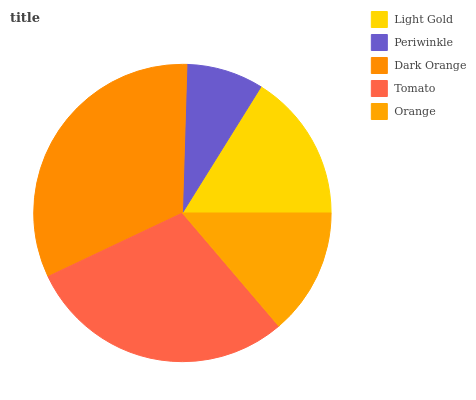
| Light Gold | Periwinkle | Dark Orange | Tomato | Orange |
 | --- | --- | --- | --- | --- |
 | 16.1% | 8.39% | 32.5% | 29.3% | 13.8% |